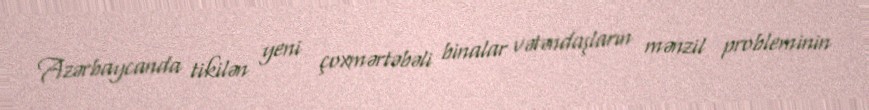
Azərbaycanda tikilən yeni çoxmərtəbəli binalar vətəndaşların mənzil probleminin